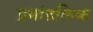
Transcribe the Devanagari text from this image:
प्रमांडलिक